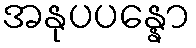
အနုပပန္နော